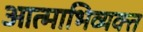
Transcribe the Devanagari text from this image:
आत्माभिव्यक्त